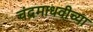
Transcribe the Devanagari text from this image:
चंद्रमाधवीच्या